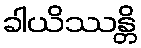
ခါယိဿန္တိ